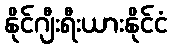
နိုင်ဂျီးရီးယားနိုင်ငံ